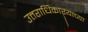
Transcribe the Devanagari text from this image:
उत्तराधिकाऱ्याच्या